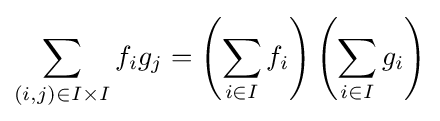
\sum _{(i,j)\in I\times I}f_{i}g_{j}=\left(\sum _{i\in I}f_{i}\right)\left(\sum _{i\in I}g_{i}\right)